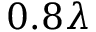
0 . 8 \lambda